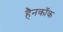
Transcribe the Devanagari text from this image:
हैनकाॅक